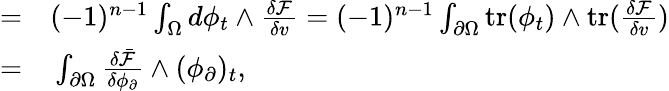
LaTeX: \begin{array}{rl}{=}&{{}(-1)^{n-1}\int_{\Omega}d\phi_{t}\wedge\frac{\delta\mathcal{F}}{\delta v}=(-1)^{n-1}\int_{\partial\Omega}\mathrm{tr}(\phi_{t})\wedge\mathrm{tr}(\frac{\delta\mathcal{F}}{\delta v})}\\ {=}&{{}\int_{\partial\Omega}\frac{\delta\bar{\mathcal{F}}}{\delta\phi_{\partial}}\wedge(\phi_{\partial})_{t},}\end{array}